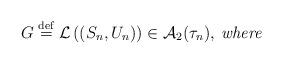
LaTeX: \begin{align*}G\stackrel{\rm def}{=}{\cal L}\left( (S_{n},U_{n})\right) \in {\cal A}_{2}(\tau _{n}),\>\mbox{{\it where }} \end{align*}